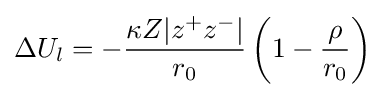
\Delta U_{l}=-{\frac {\kappa Z|z^{+}z^{-}|}{r_{0}}}\left(1-{\frac {\rho }{r_{0}}}\right)